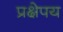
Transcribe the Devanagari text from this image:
प्रक्षेपय